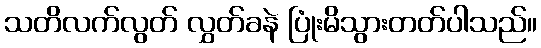
သတိလက်လွတ် လွှတ်ခနဲ ပြုံးမိသွားတတ်ပါသည်။